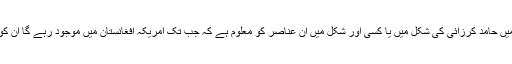
افغانستان کی کٹ پتلی حکومتی چاہے وہ اشرف غنی کی صورت میں ہوں یا ماضی میں حامد کرزائی کی شکل میں یا کسی اور شکل میں ان عناصر کو معلوم ہے کہ جب تک امریکہ افغانستان میں موجود رہے گا ان کو اقتدار کے جھولے لینے کا موقع میسر رہے گا بعد میں ان کو کس نے پوچھنا ہے ؟